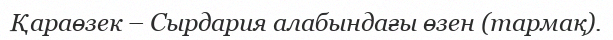
Қараөзек – Сырдария алабындағы өзен (тармақ).